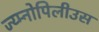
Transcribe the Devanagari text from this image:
ज्य्म्नोपिलीउस